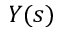
Y ( s )